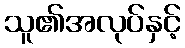
သူ၏အလုပ်နှင့်